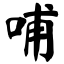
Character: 哺